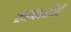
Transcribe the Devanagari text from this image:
समन्वयवादियों